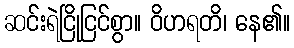
ဆင်းရဲငြိုငြင်စွာ။ ဝိဟရတိ၊ နေ၏။